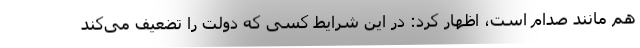
هم مانند صدام است، اظهار کرد: در این شرایط کسی که دولت را تضعیف می‌کند